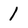
Character: I